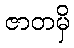
ဇာတမှိ